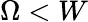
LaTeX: \Omega<W